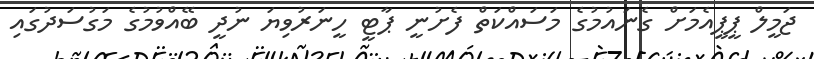
ޖަމީލް ޕީޕީއެމަށް ގެނައުމުގެ މަސައްކަތް ފެށުނީ ޕާޓީ ހީނަރުވިޔަ ނުދީ ބޭއްވުމުގެ މަގުސަދުގައި